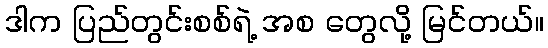
ဒါက ပြည်တွင်းစစ်ရဲ့ အစ တွေလို့ မြင်တယ်။